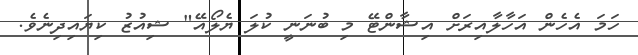
ހަމަ އެހެން އަހާލާއިރަށް އިޝާންޓޭ މި ބުނަނީ ކުލަ ޔެލޯއޭ" ޝިއުޒު ކިޔައިދިނެވެ.